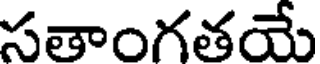
సతాంగతయే